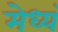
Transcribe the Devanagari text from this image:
मेध्यं